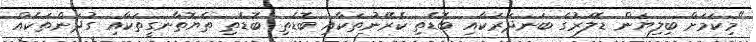
"މިކަމަށް ބިލިޔަން ޑޮލަރުގެ ބަނދަރަކާއި ބޮޑެތި ކެރޭނުތަކާއި ބޮޑެތި ބޮޑެތި ތެޔޮތާނގީތަކާއި ގުދަންތަކެއް